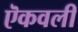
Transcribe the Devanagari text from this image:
ऎकवली